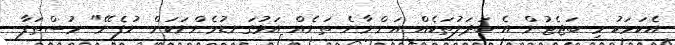
އެކަމަކު މި ބަޖެޓުން އެ ބަދަލުތަކެއް އަންނާނެ ތަނެއް އަޅުގަނޑުމެންނަކަށް ނުފެނޭ" މުސްތަފާ